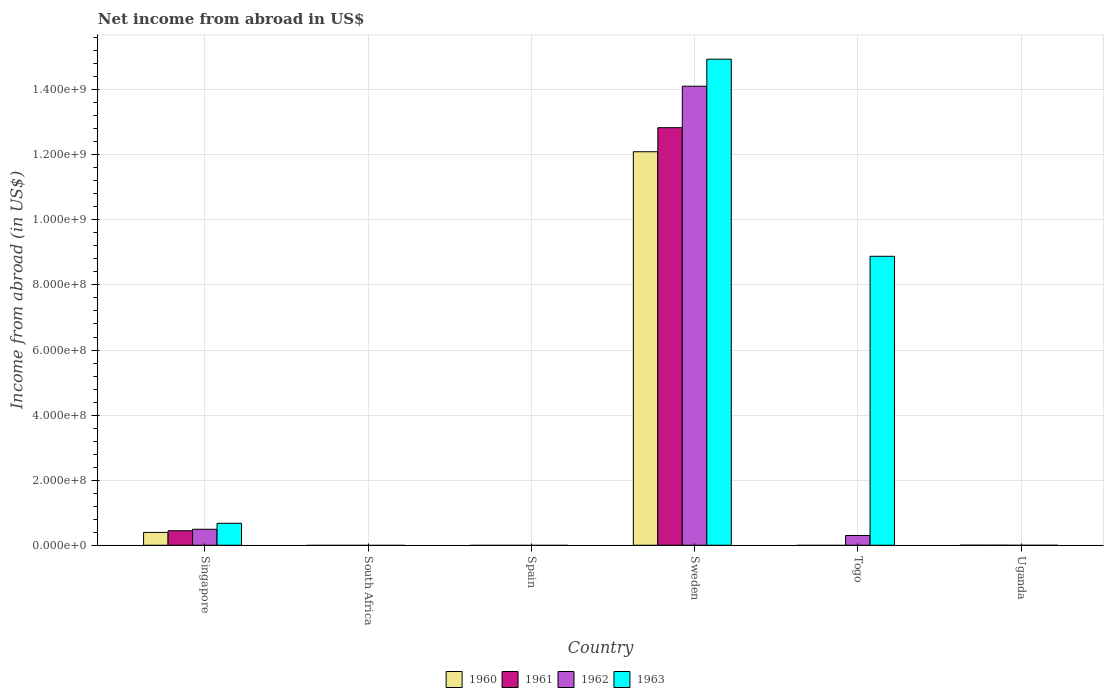
| Country | 1960 | 1961 | 1962 | 1963 |
 | --- | --- | --- | --- | --- |
 | Singapore | 3.94e+07 | 4.46e+07 | 4.91e+07 | 6.75e+07 |
 | South Africa | -2.36e+08 | -2.66e+08 | -2.33e+08 | -2.25e+08 |
 | Spain | -2.09e+07 | -2.27e+07 | -2.53e+07 | -3.04e+07 |
 | Sweden | 1.21e+09 | 1.28e+09 | 1.41e+09 | 1.49e+09 |
 | Togo | -1.17e+08 | -2.98e+08 | 3e+07 | 8.88e+08 |
 | Uganda | -1.17e+05 | -1.05e+05 | -4.19e+05 | -3.64e+05 |